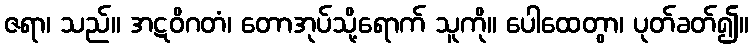
ဇရာ၊ သည်။ အဋဝိဂတံ၊ တောအုပ်သို့ရောက် သူကို။ ပေါထေတွာ၊ ပုတ်ခတ်၍။